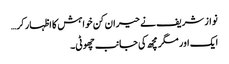
نواز شریف نے حیران کن خواہش کا اظہار کر…
ایک اور مگر مچھ کی جانب چھوٹی۔